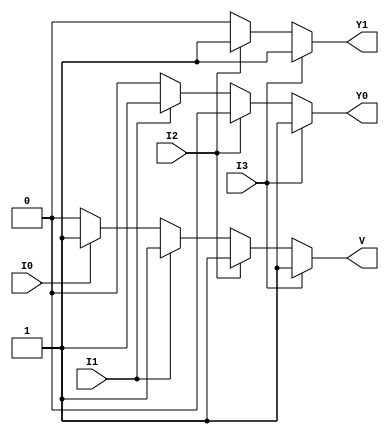
module priority_encoder_4_to_2 (
    input wire I3,  // Highest priority input
    input wire I2,  // Second highest priority input
    input wire I1,  // Third highest priority input
    input wire I0,  // Lowest priority input
    output reg Y1,  // Output bit 1
    output reg Y0,  // Output bit 0
    output reg V    // Valid output
);

always @(*) begin
    // Default values
    Y1 = 1'b0;
    Y0 = 1'b0;
    V  = 1'b0;

    if (I3) begin
        Y1 = 1'b1;
        Y0 = 1'b1;
        V  = 1'b1;
    end else if (I2) begin
        Y1 = 1'b1;
        Y0 = 1'b0;
        V  = 1'b1;
    end else if (I1) begin
        Y1 = 1'b0;
        Y0 = 1'b1;
        V  = 1'b1;
    end else if (I0) begin
        Y1 = 1'b0;
        Y0 = 1'b0;
        V  = 1'b1;
    end else begin
        // If all inputs are inactive, Y1, Y0, and V remain at their default values (0).
        // This is already handled by the default initialization.
    end
end

endmodule